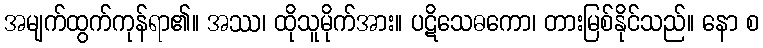
အမျက်ထွက်ကုန်ရာ၏။ အဿ၊ ထိုသူမိုက်အား။ ပဋိသေဓကော၊ တားမြစ်နိုင်သည်။ နော စ